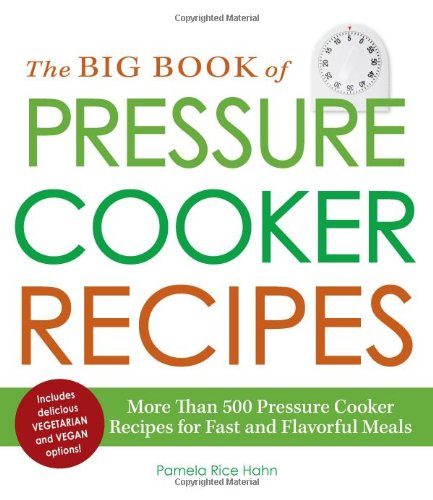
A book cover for The Big Book of Pressure Cooker Recipes: More Than 500 Pressure Cooker Recipes for Fast and Flavorful Meals; Pamela Rice Hahn; Cookbooks, Food & Wine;